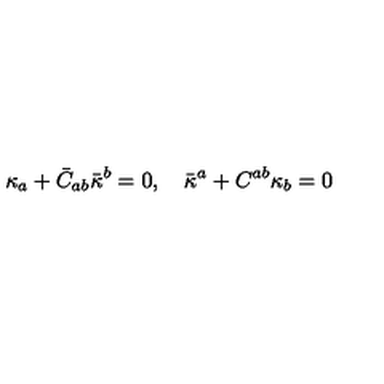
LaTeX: \kappa _ { a } + \bar { C } _ { a b } \bar { \kappa } ^ { b } = 0 , \quad \bar { \kappa } ^ { a } + C ^ { a b } \kappa _ { b } = 0